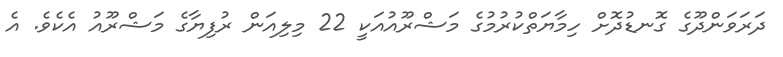
ދަރަވަންދޫގެ ގޮނޑުދޮށް ހިމާޔަތްކުރުމުގެ މަޝްރޫއުއަކީ 22 މިލިއަން ރުފިޔާގެ މަޝްރޫއު އެކެވެ. އެ